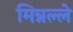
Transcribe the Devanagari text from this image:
मिन्नल्ले